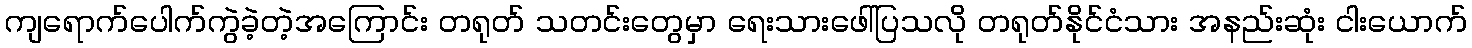
ကျရောက်ပေါက်ကွဲခဲ့တဲ့အကြောင်း တရုတ် သတင်းတွေမှာ ရေးသားဖေါ်ပြသလို တရုတ်နိုင်ငံသား အနည်းဆုံး ငါးယောက်